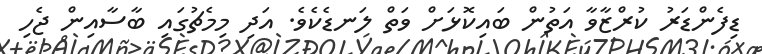
ޑިފެންޑަރު ކުރްޒާވާ އަތުން ބައިކޮޅަށް ވަތް ލަނޑެކެވެ. އަދި މިމެޗުގައި ބާސާއިން ޖެހި